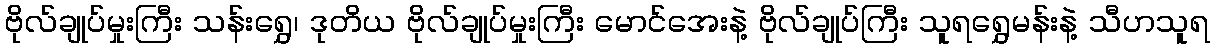
ဗိုလ်ချုပ်မှုးကြီး သန်းရွှေ၊ ဒုတိယ ဗိုလ်ချုပ်မှုးကြီး မောင်အေးနဲ့ ဗိုလ်ချုပ်ကြီး သူရရွှေမန်းနဲ့ သီဟသူရ